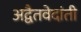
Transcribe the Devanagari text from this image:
अद्वैतवेदांती